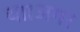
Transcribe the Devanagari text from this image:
था।अगर